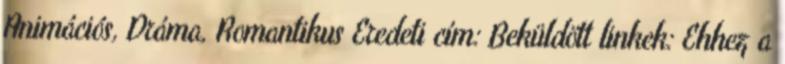
Animációs, Dráma, Romantikus Eredeti cím: Beküldött linkek: Ehhez a